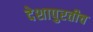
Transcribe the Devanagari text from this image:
देशापुरतीच